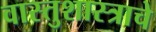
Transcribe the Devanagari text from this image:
वास्तुशास्त्राचे